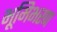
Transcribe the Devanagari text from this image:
भूमिभरण